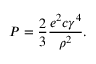
P = \frac { 2 } { 3 } \frac { e ^ { 2 } c \gamma ^ { 4 } } { \rho ^ { 2 } } .